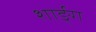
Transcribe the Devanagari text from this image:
शार्ङ्‍ग